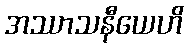
အဿာသနီယေဟိ